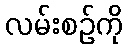
လမ်းစဉ်ကို